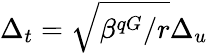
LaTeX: \Delta_{t}=\sqrt{\beta^{qG}/r}\Delta_{u}